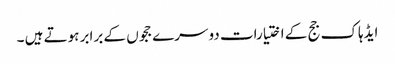
ایڈہاک جج کے اختیارات دوسرے ججوں کے برابر ہوتے ہیں ۔